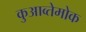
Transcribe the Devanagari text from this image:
कुआव्तेमोक